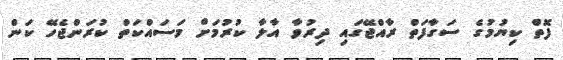
ފޮތް ކިޔުމުގެ ސަގާފަތް ރާއްޖޭގައި ދިރުވާ އާލާ ކުރުމަށް މަސައްކަތް ކުރަންޖެހޭ ކަން